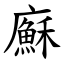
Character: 㢝